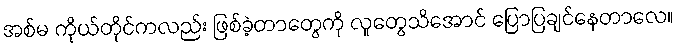
အစ်မ ကိုယ်တိုင်ကလည်း ဖြစ်ခဲ့တာတွေကို လူတွေသိအောင် ပြောပြချင်နေတာလေ။